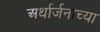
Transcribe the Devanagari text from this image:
अर्थार्जनाच्या